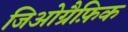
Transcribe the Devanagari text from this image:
जिओग्रैफ़िक